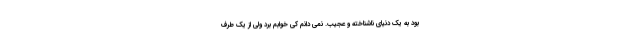
بود به یک دنیای ناشناخته و عجیب. نمی دانم کی خوابم برد ولی از یک طرف